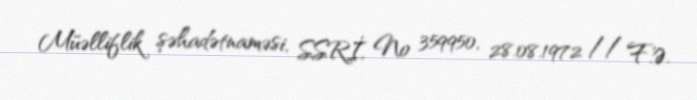
Müəlliflik şəhadətnaməsi, SSRİ, № 359950, 28.08.1972 // F.Ə.